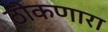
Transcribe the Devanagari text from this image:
ठोकणारा